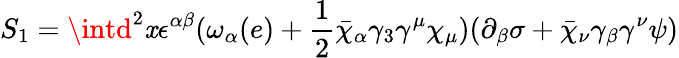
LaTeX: S_{1}=\intd^{2}\mathit{x}\epsilon^{\alpha\beta}(\omega_{\alpha}(e)+\frac{{1}}{{2}}\bar{{\chi}}_{\alpha}\gamma_{3}\gamma^{\mu}\chi_{\mu})(\partial_{\beta}\sigma+\bar{{\chi}}_{\nu}\gamma_{\beta}\gamma^{\nu}\psi)